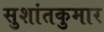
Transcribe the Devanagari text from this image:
सुशांतकुमार